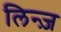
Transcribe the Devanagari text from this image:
लिन्ज़